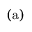
\mathrm { ( a ) }